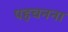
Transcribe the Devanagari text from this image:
पहचनना